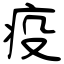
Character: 疫